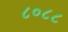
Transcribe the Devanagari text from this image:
८०८८